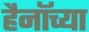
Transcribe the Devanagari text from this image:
हैनॉच्या